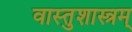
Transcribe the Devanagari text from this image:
वास्तुशास्त्रम्‌